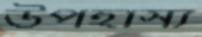
উপহাস্য